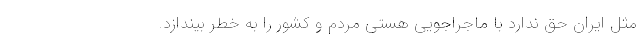
مثل ایران حق ندارد با ماجراجویی هستی مردم و کشور را به خطر بیندازد.